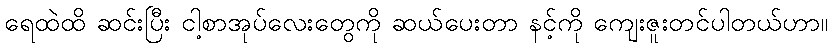
ရေထဲထိ ဆင်းပြီး ငါ့စာအုပ်လေးတွေကို ဆယ်ပေးတာ နင့်ကို ကျေးဇူးတင်ပါတယ်ဟာ။